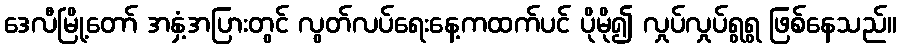
ဒေလီမြို့တော် အနှံ့အပြားတွင် လွတ်လပ်ရေးနေ့ကထက်ပင် ပိုမို၍ လှုပ်လှုပ်ရွရွ ဖြစ်နေသည်။